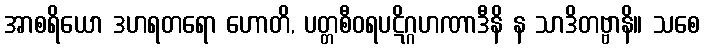
အာစရိယော ဒဟရတရော ဟောတိ, ပတ္တစီဝရပဋိဂ္ဂဟဏာဒီနိ န သာဒိတဗ္ဗာနိ။ သစေ